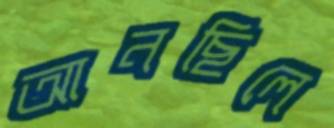
আনছিলে